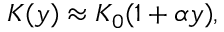
K ( y ) \approx K _ { 0 } ( 1 + \alpha y ) ,